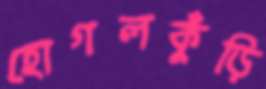
হোগলকুঁড়ি